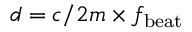
d = c / 2 m \times f _ { \mathrm { b e a t } }